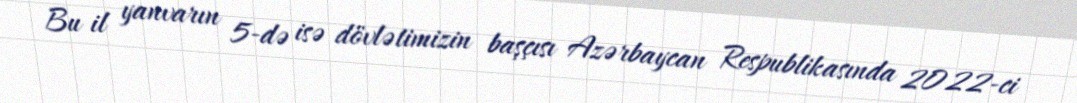
Bu il yanvarın 5-də isə dövlətimizin başçısı Azərbaycan Respublikasında 2022-ci